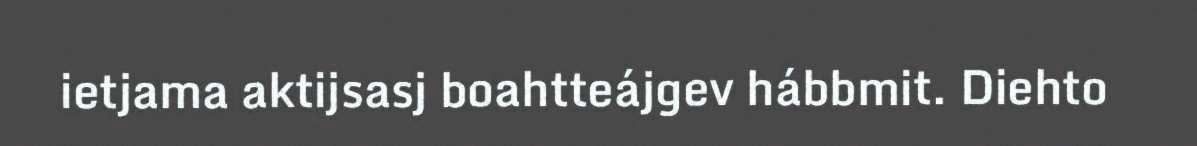
ietjama aktijsasj boahtteájgev hábbmit. Diehto